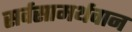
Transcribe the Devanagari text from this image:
सर्वसामर्थवान